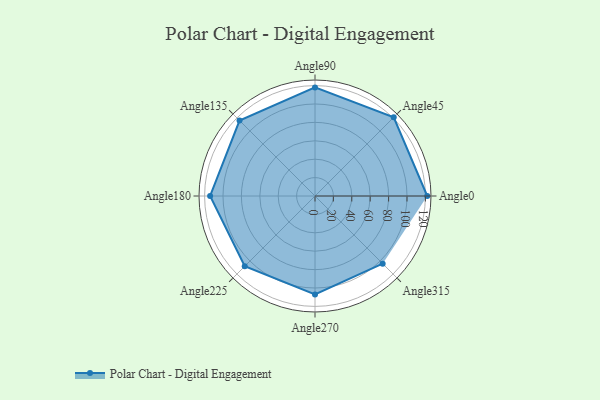
{"axis": {"x": "Angle", "y": "Radius"}, "legend": [""], "data": [{"x": "Angle0", "y": 122.0, "type": ""}, {"x": "Angle45", "y": 121.0, "type": ""}, {"x": "Angle90", "y": 118.0, "type": ""}, {"x": "Angle135", "y": 116.0, "type": ""}, {"x": "Angle180", "y": 114.0, "type": ""}, {"x": "Angle225", "y": 108.0, "type": ""}, {"x": "Angle270", "y": 107.0, "type": ""}, {"x": "Angle315", "y": 104.0, "type": ""}]}